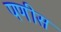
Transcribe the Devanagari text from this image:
पणीस